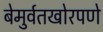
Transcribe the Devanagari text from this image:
बेमुर्वतखोरपणे